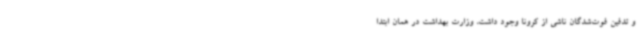
و تدفین فوت‌شدگان ناشی از کرونا وجود داشت، وزارت بهداشت در همان ابتدا